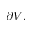
\partial V .